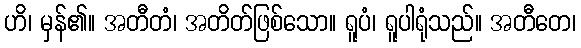
ဟိ၊ မှန်၏။ အတီတံ၊ အတိတ်ဖြစ်သော။ ရူပံ၊ ရူပါရုံသည်။ အတီတေ၊